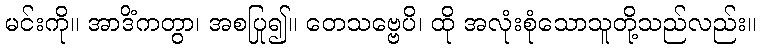
မင်းကို။ အာဒိံကတွာ၊ အစပြု၍။ တေသဗ္ဗေပိ၊ ထို အလုံးစုံသောသူတို့သည်လည်း။